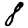
Digit: 8